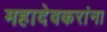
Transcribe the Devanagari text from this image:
महादेवकरांना